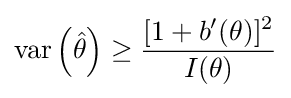
\operatorname {var} \left({\hat {\theta }}\right)\geq {\frac {[1+b'(\theta )]^{2}}{I(\theta )}}